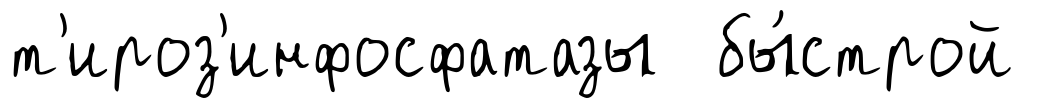
т'ироз'инфосфатазы бы́строй